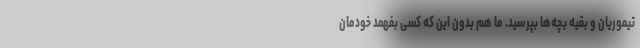
تیموریان و بقیه بچه‌ها بپرسید. ما هم بدون این که کسی بفهمد خودمان